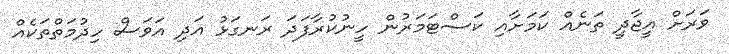
ވަރަށް އީޖާދީ ތަނެއް ކަމަށާއި ކަސްޓަމަރުން ހީނުކުރާފަދަ ރަނގަޅު އަދި އަވަސް ހިދުމަތްތަކެއް